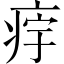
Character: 𱱔